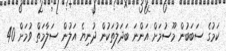
ކަމުގެ ސަބަބުން މޫސުމަށް އަންނަ ބަދަލުތަކުން ދުނިޔެ އަލުން ސަލާމަތް ވުމަށް 40